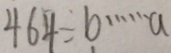
4 6 4 \div b \cdots a